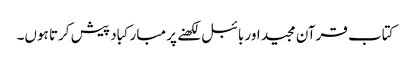
کتاب قرآن مجید اور بائبل لکھنے پر مبارکباد پیش کرتا ہوں۔